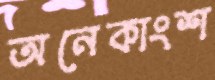
অনেকাংশ